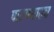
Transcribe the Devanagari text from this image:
पाटण्यातच